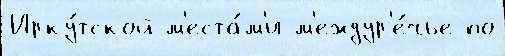
Ирку́тской м'еста́м'и м'еждур'е́чье по